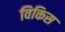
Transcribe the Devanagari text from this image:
विकिस